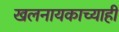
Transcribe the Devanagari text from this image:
खलनायकाच्याही